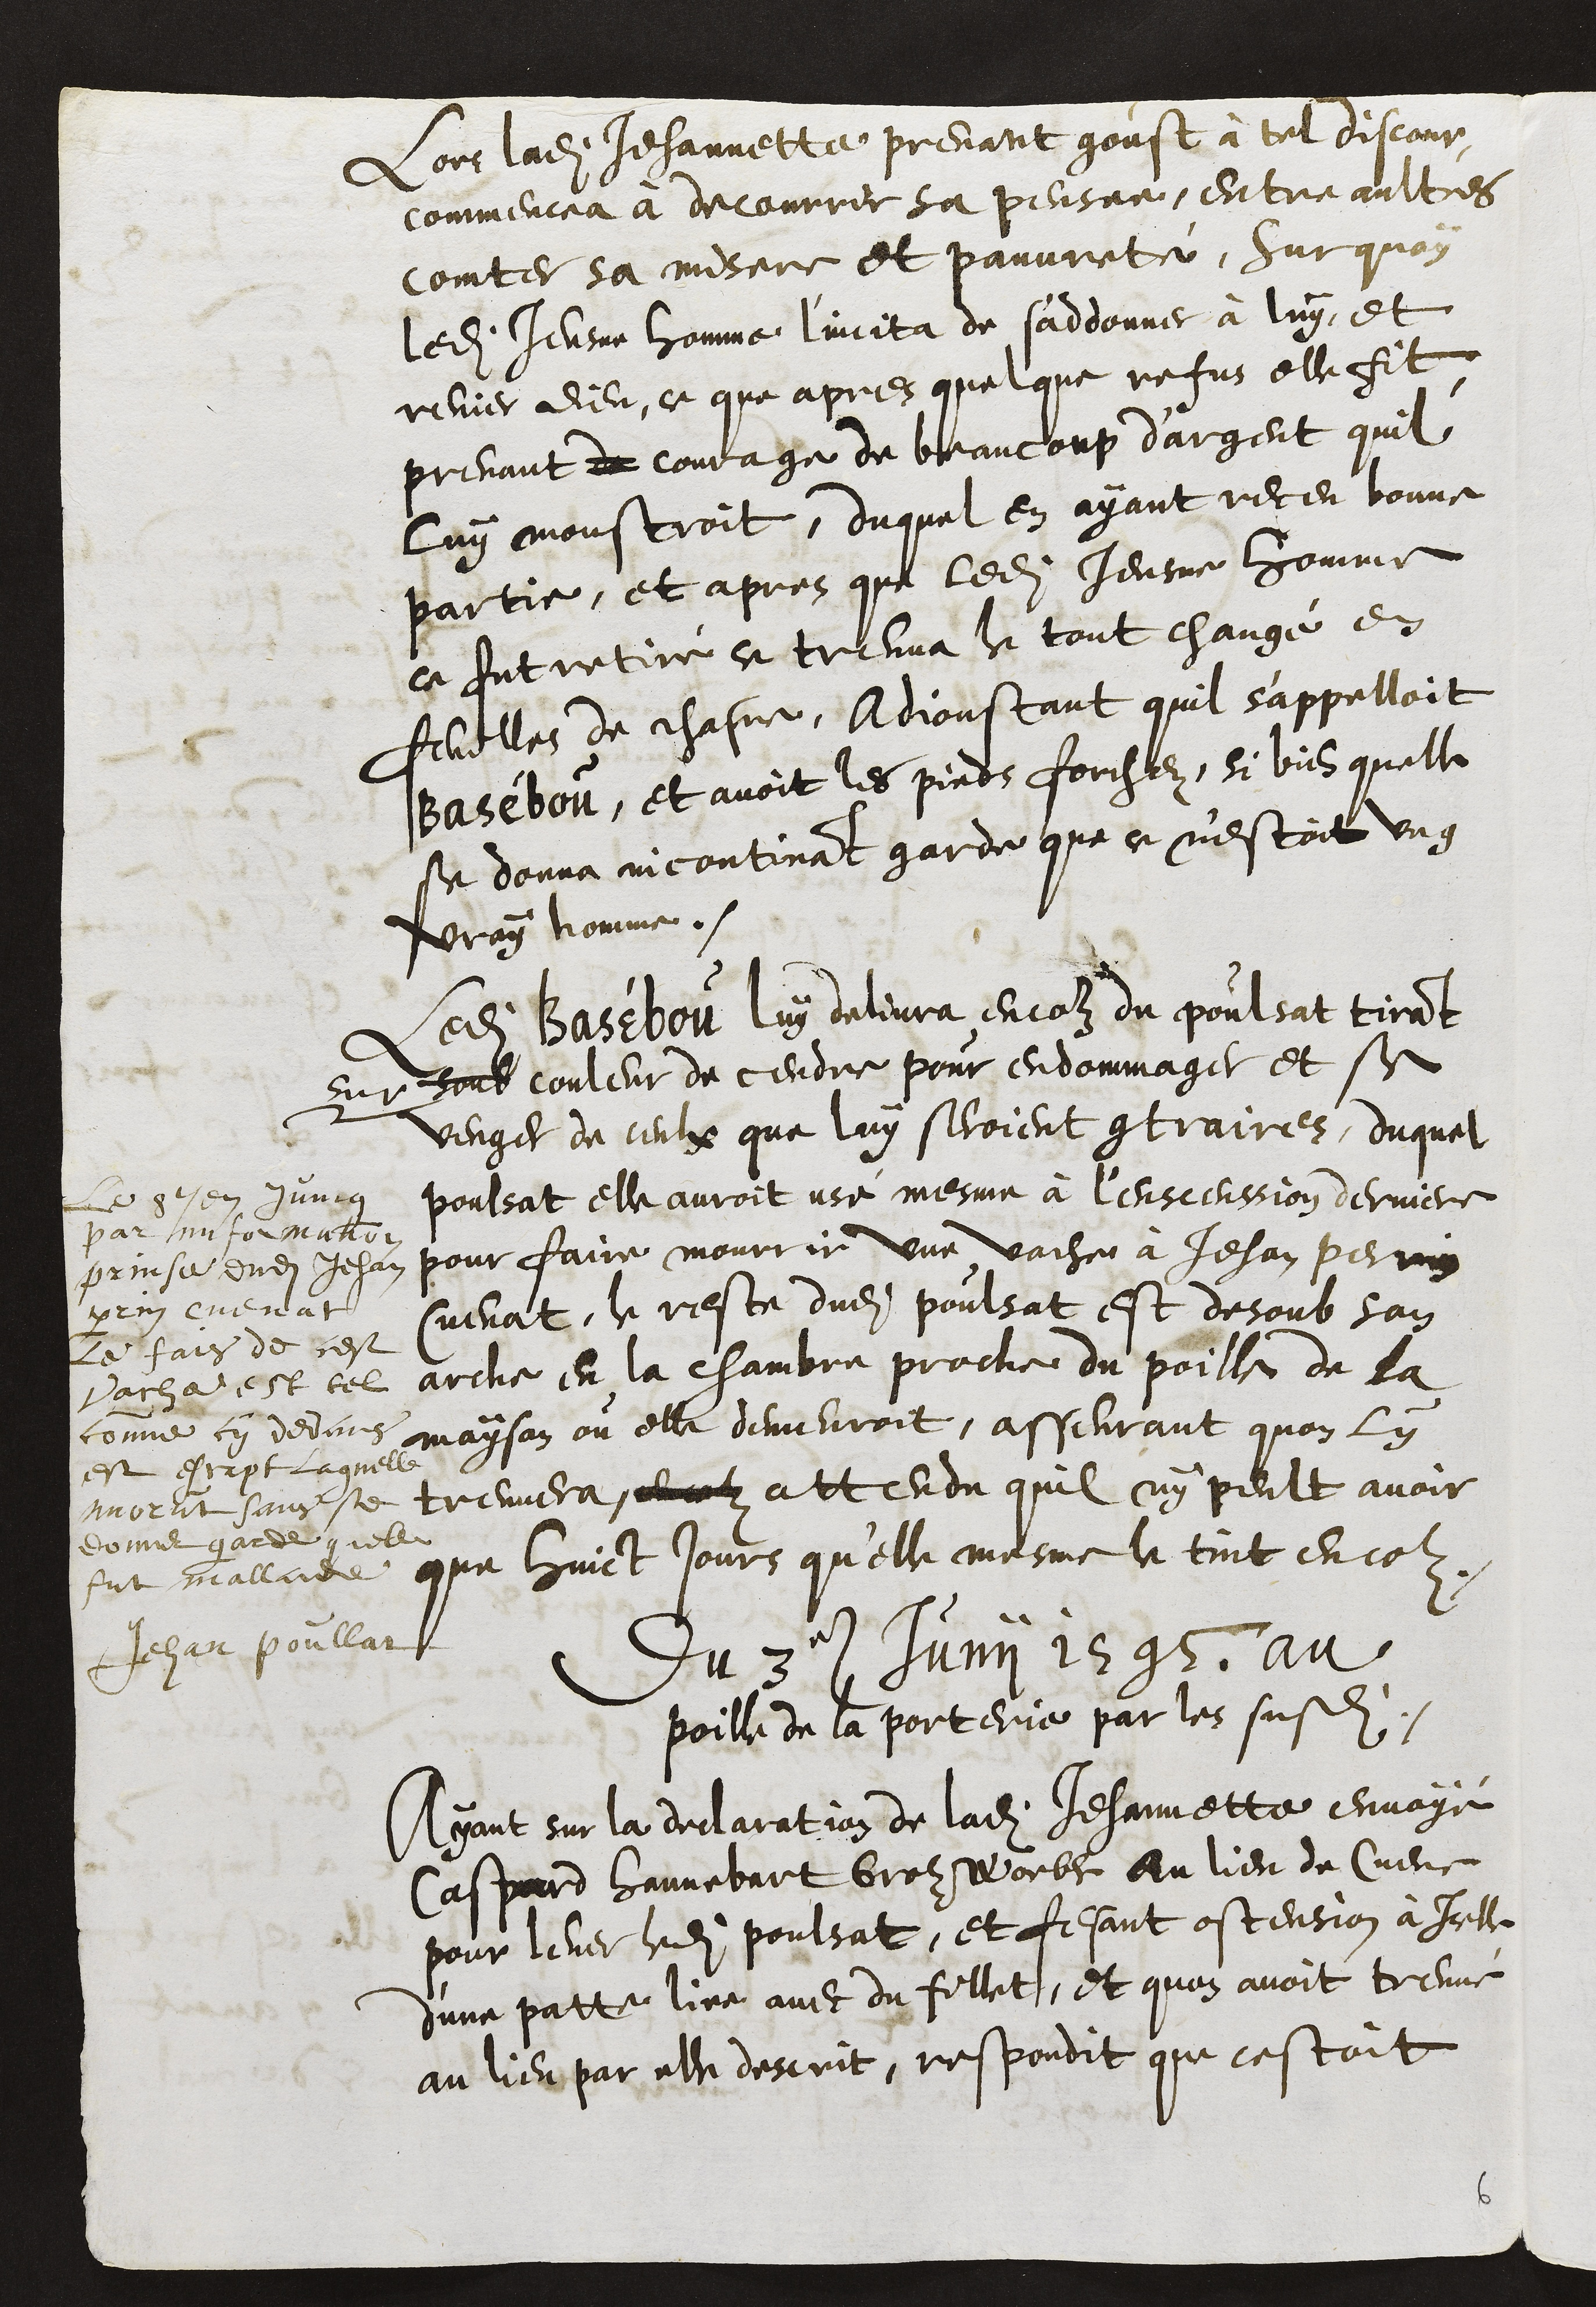
Lors ladite Jehannette prenant goust à tel discour,
commencea à decouvrir sa pensee, entre aultres
comter sa misere et pauvreté, Surquoy
ledit Jeusne homme l'incita de s'addonner à luy, et
renier dieu, ce que apres quelque refus elle fit,
prenant de courage de beaucoup d'argent quil
luy monstroit, duquel en ayant receu bonne
partie, et apres que ledit Jeusne homme
ce fut retiré ce treuva le tout changé en
feuilles de chasne, Adjoustant quil s'appelloit
Basébou, et avoit les pieds forchez, si bien quelle
se donna incontinant garde que ce n'estoit ung
vray homme.
Ledit Basebou luy delivra encour du poulsat tirant
sur soub couleur de cendre pour endommager et se
venger de ceulx que luy seroient contraires, duquel
poulsat elle auroit usé mesme à l'enscenssion derniere
pour faire mourrir une vache à Jehan Perrin
Cuenat, le reste dudit poulsat est desoub son
arche en la chambre proche du poille de la
mayson ou elle demeuroit, asseurant quon ly
treuvera, encour attendu quil ny peult avoir
que huict jours qu'elle mesme le tint encour.
Le 8e en juing
par imformation
prinse dudit Jehan
perrin Cuenat
le fais de cest
vache est tel
comme cy devans
est escript laquelle
morut sans se
donner garde quelle
fut mallade
Jehan Poullat
Du 3e Junii 1595 au
poille de la porterie par les susdits
Ayant sur la declaration de ladite Jehannette envoyé
Caspard Hannebert Groz Woeble au lieu de Cueve
pour lever ledit poulsat, et fesant ostension à Icelle
d'une patte liee avec du fillet, et quon avoit treuvé
au lieu par elle descrit, respondit que cestoit

6